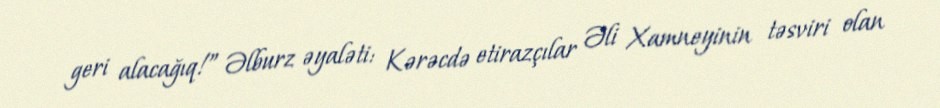
geri alacağıq!” Əlburz əyaləti: Kərəcdə etirazçılar Əli Xamneyinin təsviri olan